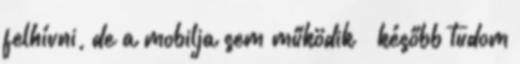
felhívni, de a mobilja sem működik – később tudom